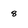
Character: 8